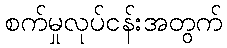
စက်မှုလုပ်ငန်းအတွက်